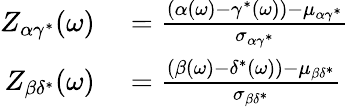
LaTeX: \begin{array}{rl}{Z_{\alpha\gamma^{*}}(\omega)}&{{}=\frac{(\alpha(\omega)-\gamma^{*}(\omega))-\mu_{\alpha\gamma^{*}}}{\sigma_{\alpha\gamma^{*}}}}\\ {Z_{\beta\delta^{*}}(\omega)}&{{}=\frac{(\beta(\omega)-\delta^{*}(\omega))-\mu_{\beta\delta^{*}}}{\sigma_{\beta\delta^{*}}}}\end{array}